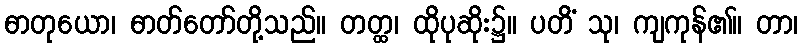
ဓာတုယော၊ ဓာတ်တော်တို့သည်။ တတ္ထ၊ ထိုပုဆိုး၌။ ပတိံ သု၊ ကျကုန်၏။ တာ၊